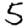
Digit: 5